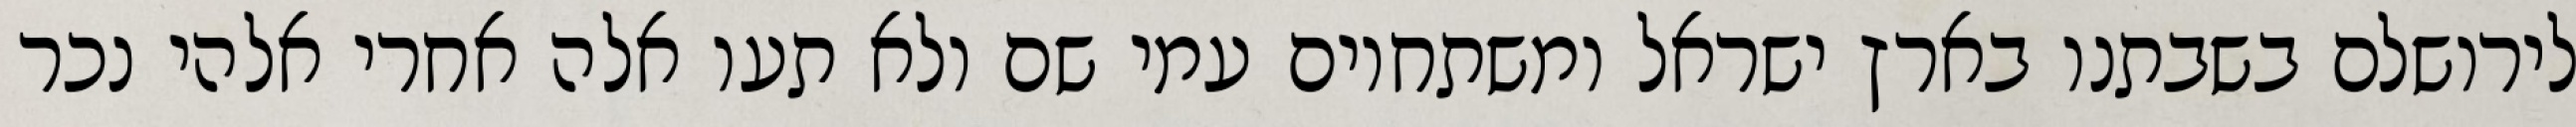
לירושלם בשבתנו בארץ ישראל ומשתחוים עמי שם ולא תעו אלה אחרי אלהי נכר